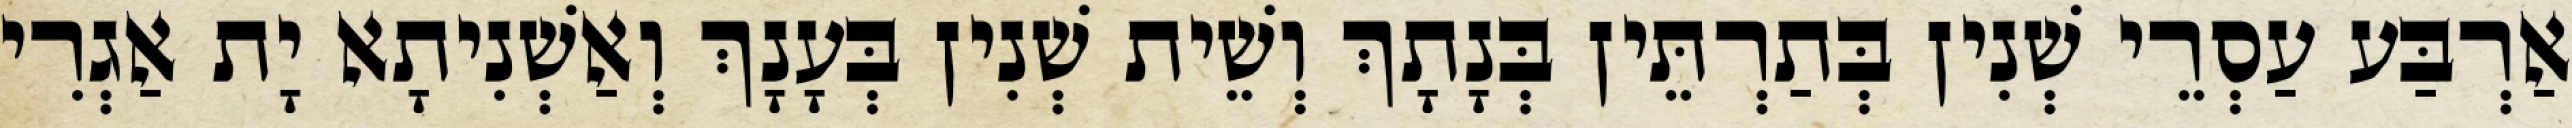
אַרְבַּע עַסְרֵי שְׁנִין בְּתַרְתֵּין בְּנָתָךְ וְשֵׁית שְׁנִין בְּעָנָךְ וְאַשְׁנִיתָא יָת אַגְרִי